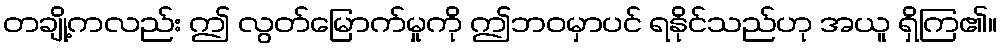
တချို့ကလည်း ဤ လွတ်မြောက်မှုကို ဤဘဝမှာပင် ရနိုင်သည်ဟု အယူ ရှိကြ၏။